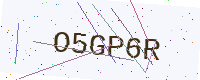
Text: O5GP6R